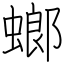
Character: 螂